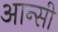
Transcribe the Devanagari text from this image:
आन्सी